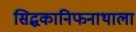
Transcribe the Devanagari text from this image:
सिद्धकानिफनाथाला